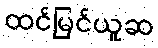
ထင်မြင်ယူဆ